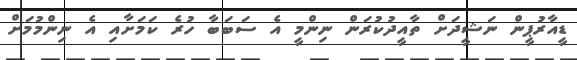
ޑީއާރުޕީން ނަޝީދަށް ތާއީދުކުރަން ނިންމީ އެ ސަބަބާ ހުރެ ކަމަށާއި އެ ނިންމުމަށް